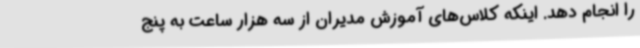
را انجام دهد. اینکه کلاس‌های آموزش مدیران از سه هزار ساعت به پنج